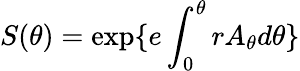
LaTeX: S(\theta)=\exp\{ e\int_{0}^{\theta}rA_{\theta}d\theta\}